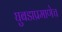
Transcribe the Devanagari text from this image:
घुबडाप्रमाणेच